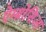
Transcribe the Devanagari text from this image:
ऐम्ब्रोसिआ